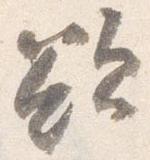
欲